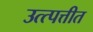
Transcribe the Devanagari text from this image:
उत्त्पत्तीत